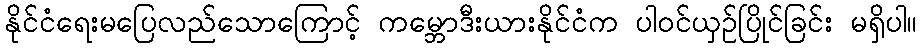
နိုင်ငံရေးမပြေလည်သောကြောင့် ကမ္ဘောဒီးယားနိုင်ငံက ပါဝင်ယှဉ်ပြိုင်ခြင်း မရှိပါ။